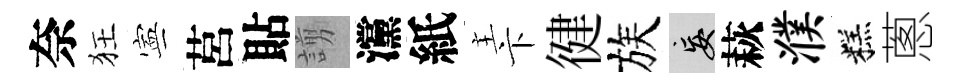
奈狂寕莒貼謭灙紙主卞徤族妄萩濮糕蔥